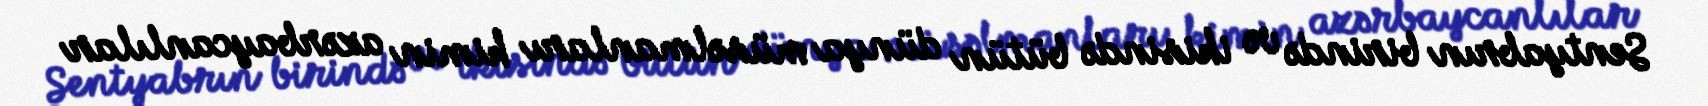
Sentyabrın birində və ikisində bütün dünya müsəlmanları kimin azərbaycanlılar